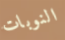
النوبات